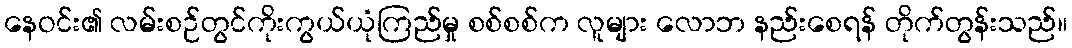
နေဝင်း၏ လမ်းစဉ်တွင်ကိုးကွယ်ယုံကြည်မှု စစ်စစ်က လူများ လောဘ နည်းစေရန် တိုက်တွန်းသည်။